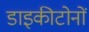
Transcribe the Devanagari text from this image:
डाइकीटोनों